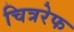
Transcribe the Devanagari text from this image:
चित्ररेफ